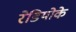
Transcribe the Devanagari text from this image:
रेडियोके